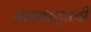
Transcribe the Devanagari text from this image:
गावकर्‍याची